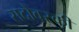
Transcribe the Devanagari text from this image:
सदोवस्की